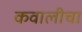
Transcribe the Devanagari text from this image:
कवालीचा